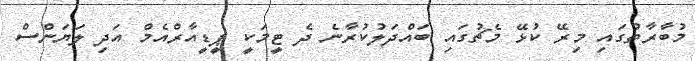
މުބާރާތުގައި މިރޭ ކުޅޭ މެޗުގައި ބައްދަލުކުރާނެ ދެ ޓީމަކީ ޕީޑީއާރްއެމް އަދި ލަޔަންސް